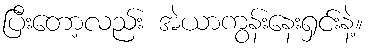
ပြီးတော့လည်း အဲယာကွန်းနေးရှင်းနဲ့။